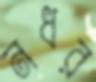
নধর